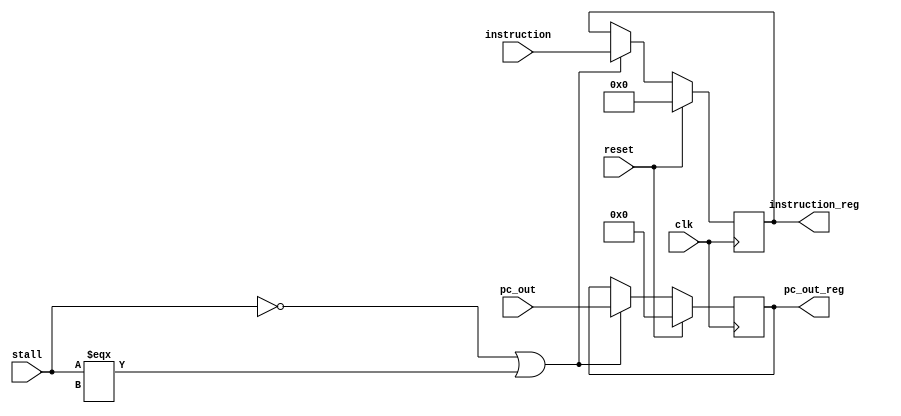
`timescale 1ns / 1ps
//////////////////////////////////////////////////////////////////////////////////
// Company: 
// Engineer: 
// 
// Design Name: 
// Module Name: IF_ID
// Project Name: 
// Target Devices: 
// Tool Versions: 
// Description: 
// 
// Dependencies: 
// 
// Revision:
// Revision 0.01 - File Created
// Additional Comments:
// 
//////////////////////////////////////////////////////////////////////////////////


module IF_ID(
input stall,
input clk,
input reset,
input [63:0] pc_out,
input [31:0] instruction,
output reg [63:0] pc_out_reg,
output reg [31:0] instruction_reg);

always @(posedge clk) begin
    if (reset == 1'b1) begin
        pc_out_reg = 0;
        instruction_reg = 0;
        end
    else if (stall==1'b0|| stall===1'bx) begin
        pc_out_reg = pc_out;
        instruction_reg = instruction;
        end
end


endmodule